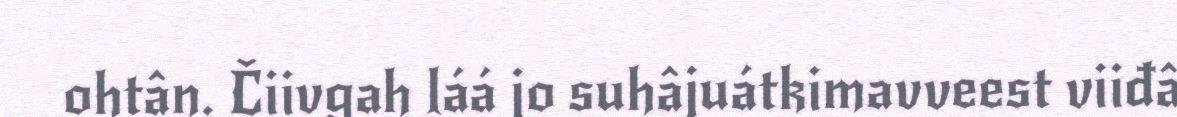
ohtân. Čiivgah láá jo suhâjuátkimavveest viiđâ